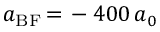
a _ { \mathrm { B F } } \, { = } \, - 4 0 0 \, a _ { 0 }